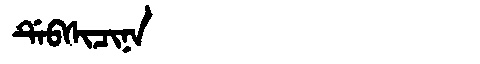
Manchu: ᡩᡝᠪᠰᡳᠴᡳᠨᠠ
Romanization: DEBSICINA